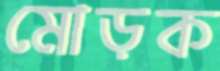
মোড়ক